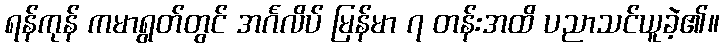
ရန်ကုန် ကမာရွတ်တွင် အင်္ဂလိပ် မြန်မာ ၇ တန်းအထိ ပညာသင်ယူခဲ့၏။